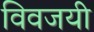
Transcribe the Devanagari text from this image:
विवजयी